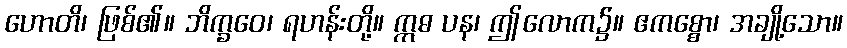
ဟောတိ၊ ဖြစ်၏။ ဘိက္ခဝေ၊ ရဟန်းတို့။ ဣဓ ပန၊ ဤလောက၌။ ဧကစ္စော၊ အချို့သော။